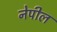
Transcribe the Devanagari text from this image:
नेपील